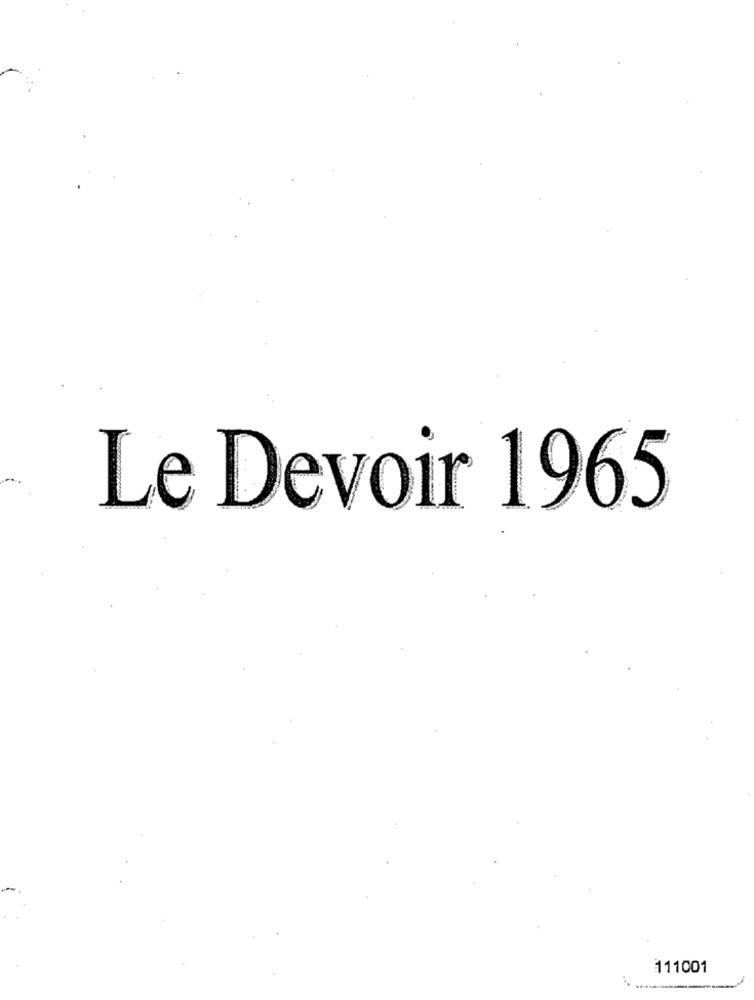
Le Devoir 1965
111001